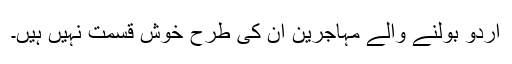
اردو بولنے والے مہاجرین ان کی طرح خوش قسمت نہیں ہیں۔